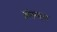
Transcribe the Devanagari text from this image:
अंपगत्व